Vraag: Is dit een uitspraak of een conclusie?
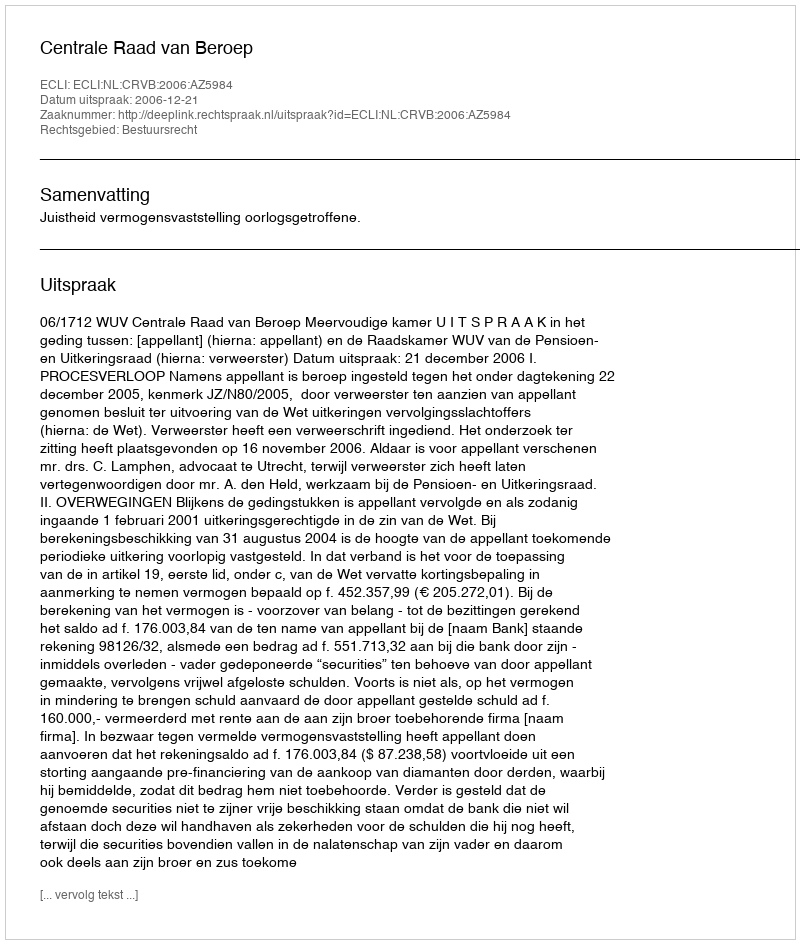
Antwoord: Uitspraak